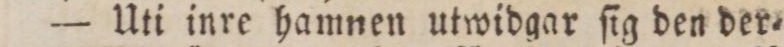
— Uti inre hamnen utwidgar ſig den der=